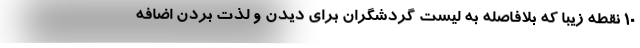
۱۰ نقطه زیبا که بلافاصله به لیست گردشگران برای دیدن و لذت بردن اضافه